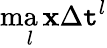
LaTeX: \operatorname*{ma\mathbf{x}}_{l}\Delta\mathtt{t}^{l}